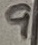
Text: 9